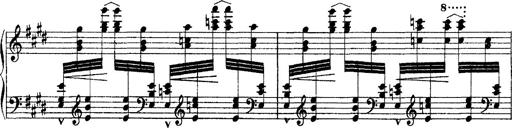
Title: Ã‰tudes d'exÃ©cution transcendante d'aprÃ¨s Paganini
Composer: Franz Liszt